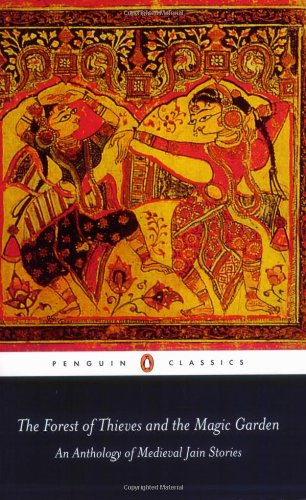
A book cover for The Forest of Thieves and the Magic Garden (Penguin Classics); Religion & Spirituality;